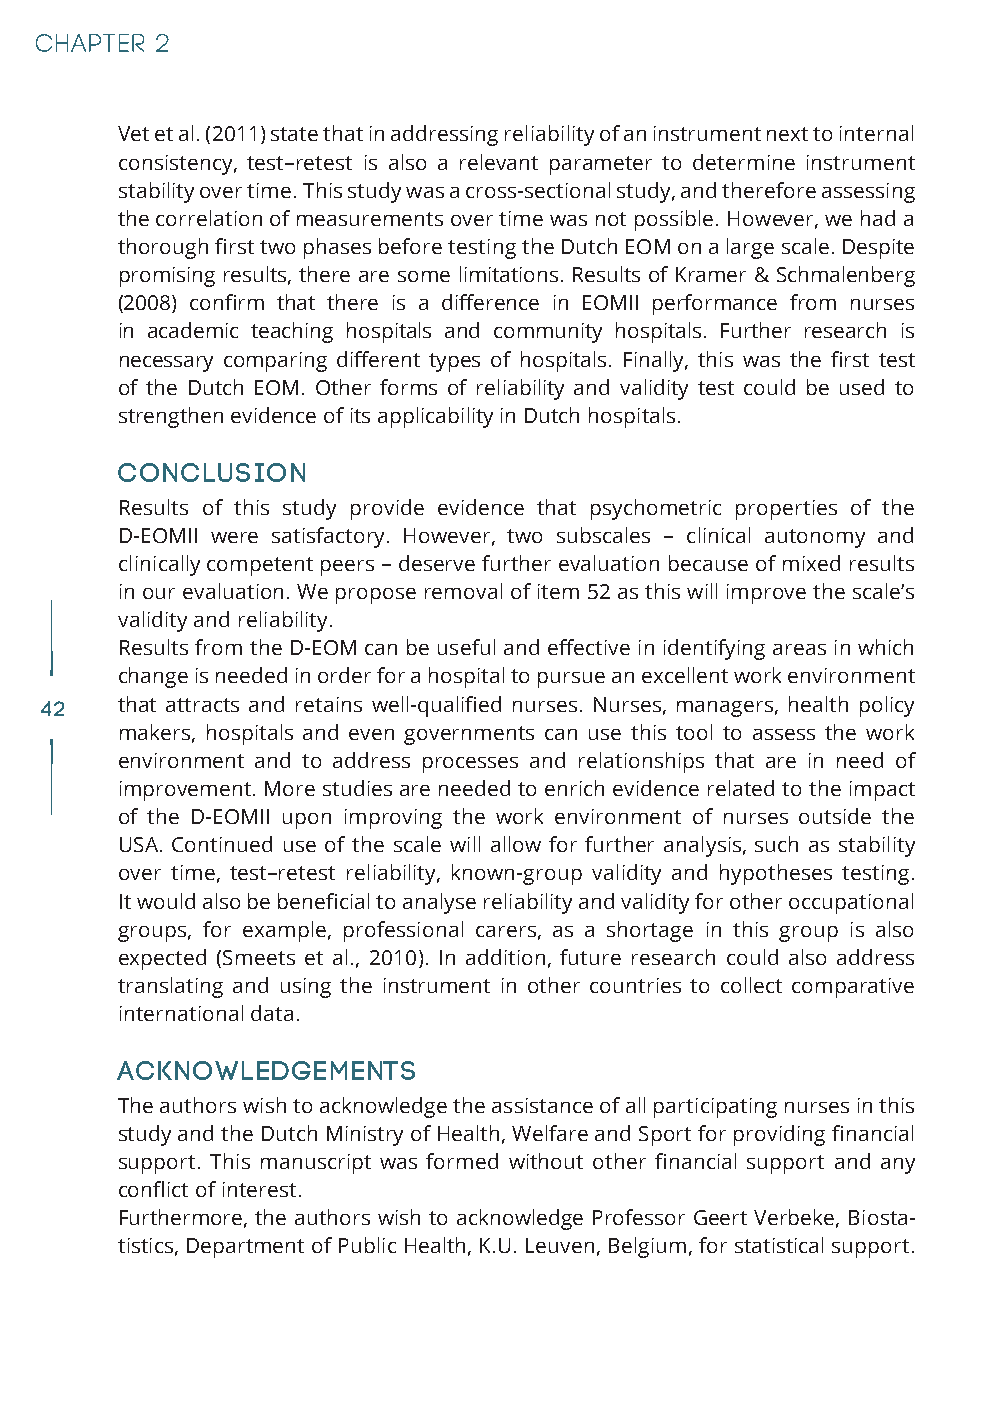
Vet et al. (2011) state that in addressing reliability of an instrument next to internal
 consistency, test–retest is also a relevant parameter to determine instrument
 stability over time. This study was a cross-sectional study, and therefore assessing
 the correlation of measurements over time was not possible. However, we had a
 thorough first two phases before testing the Dutch EOM on a large scale. Despite
 promising results, there are some limitations. Results of Kramer & Schmalenberg
 (2008) confirm that there is a difference in EOMII performance from nurses
 in academic teaching hospitals and community hospitals. Further research is
 necessary comparing different types of hospitals. Finally, this was the first test
 of the Dutch EOM. Other forms of reliability and validity test could be used to
 strengthen evidence of its applicability in Dutch hospitals.
 Conclusion
 Results of this study provide evidence that psychometric properties of the
 D-EOMII were satisfactory. However, two subscales – clinical autonomy and
 clinically competent peers – deserve further evaluation because of mixed results
 in our evaluation. We propose removal of item 52 as this will improve the scale’s
 validity and reliability.
 Results from the D-EOM can be useful and effective in identifying areas in which
 change is needed in order for a hospital to pursue an excellent work environment
 42   that attracts and retains well-qualified nurses. Nurses, managers, health policy
 makers, hospitals and even governments can use this tool to assess the work
 environment and to address processes and relationships that are in need of
 improvement. More studies are needed to enrich evidence related to the impact
 of the D-EOMII upon improving the work environment of nurses outside the
 USA. Continued use of the scale will allow for further analysis, such as stability
 over time, test–retest reliability, known-group validity and hypotheses testing.
 It would also be beneficial to analyse reliability and validity for other occupational
 groups, for example, professional carers, as a shortage in this group is also
 expected (Smeets et al., 2010). In addition, future research could also address
 translating and using the instrument in other countries to collect comparative
 international data.
 Acknowledgements
 The authors wish to acknowledge the assistance of all participating nurses in this
 study and the Dutch Ministry of Health, Welfare and Sport for providing financial
 support. This manuscript was formed without other financial support and any
 conflict of interest.
 Furthermore, the authors wish to acknowledge Professor Geert Verbeke, Biosta-
 tistics, Department of Public Health, K.U. Leuven, Belgium, for statistical support.